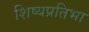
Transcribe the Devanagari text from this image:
शिष्यप्रतिभा